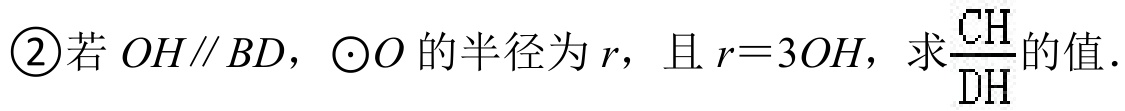
\textcircled{2}若\(OH\parallel BD\)，\(\odot O\)的半径为\(r\)，且\(r = 3OH\)，求\(\frac{CH}{DH}\)的值．